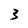
Character: 3